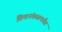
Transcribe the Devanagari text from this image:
विमानंतळापर्यंत